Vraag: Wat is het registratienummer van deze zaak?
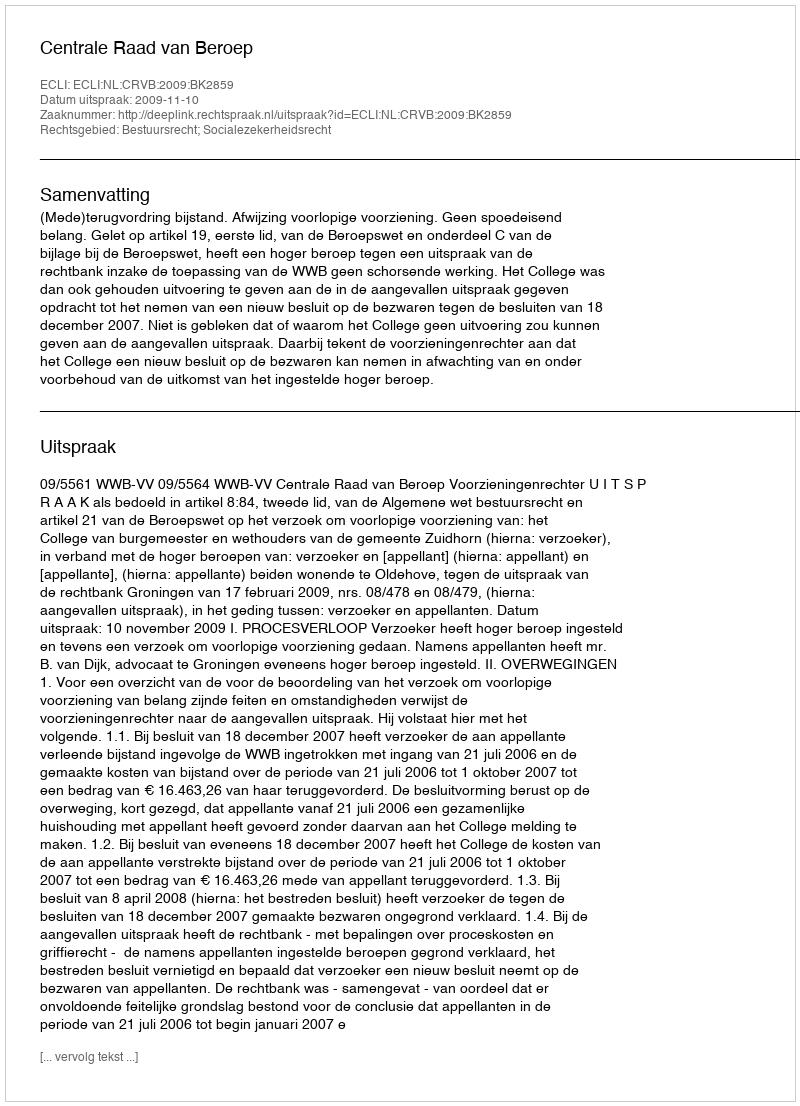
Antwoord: http://deeplink.rechtspraak.nl/uitspraak?id=ECLI:NL:CRVB:2009:BK2859